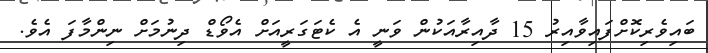
ބައިވެރިކޮށްފައިވާއިރު 15 ދާއިރާއަކުން ވަނީ އެ ކެޓަގަރީއަށް އެވޯޑް ދިނުމަށް ނިންމާފަ އެވެ.